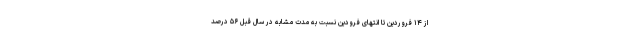
از ۱۴ فروردین تا انتهای فرودین نسبت به مدت مشابه در سال قبل ۵۶ درصد